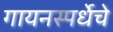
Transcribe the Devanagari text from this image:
गायनस्पर्धेचे